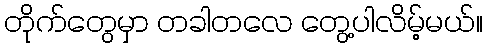
တိုက်တွေမှာ တခါတလေ တွေ့ပါလိမ့်မယ်။